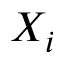
X _ { i }